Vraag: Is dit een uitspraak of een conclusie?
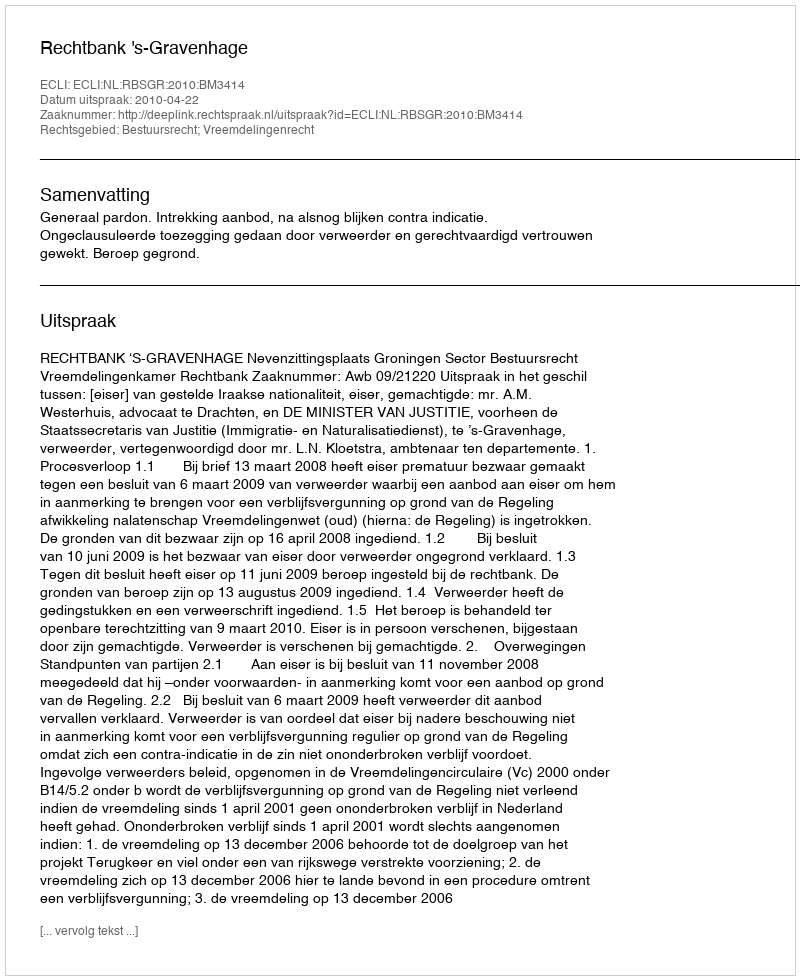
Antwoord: Uitspraak